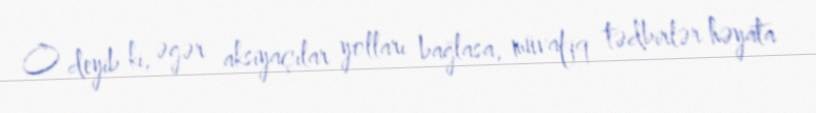
O deyib ki, əgər aksiyaçılar yolları bağlasa, müvafiq tədbirlər həyata